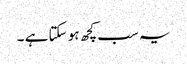
یہ سب کچھ ہو سکتا ہے ۔